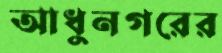
আধুনগরের